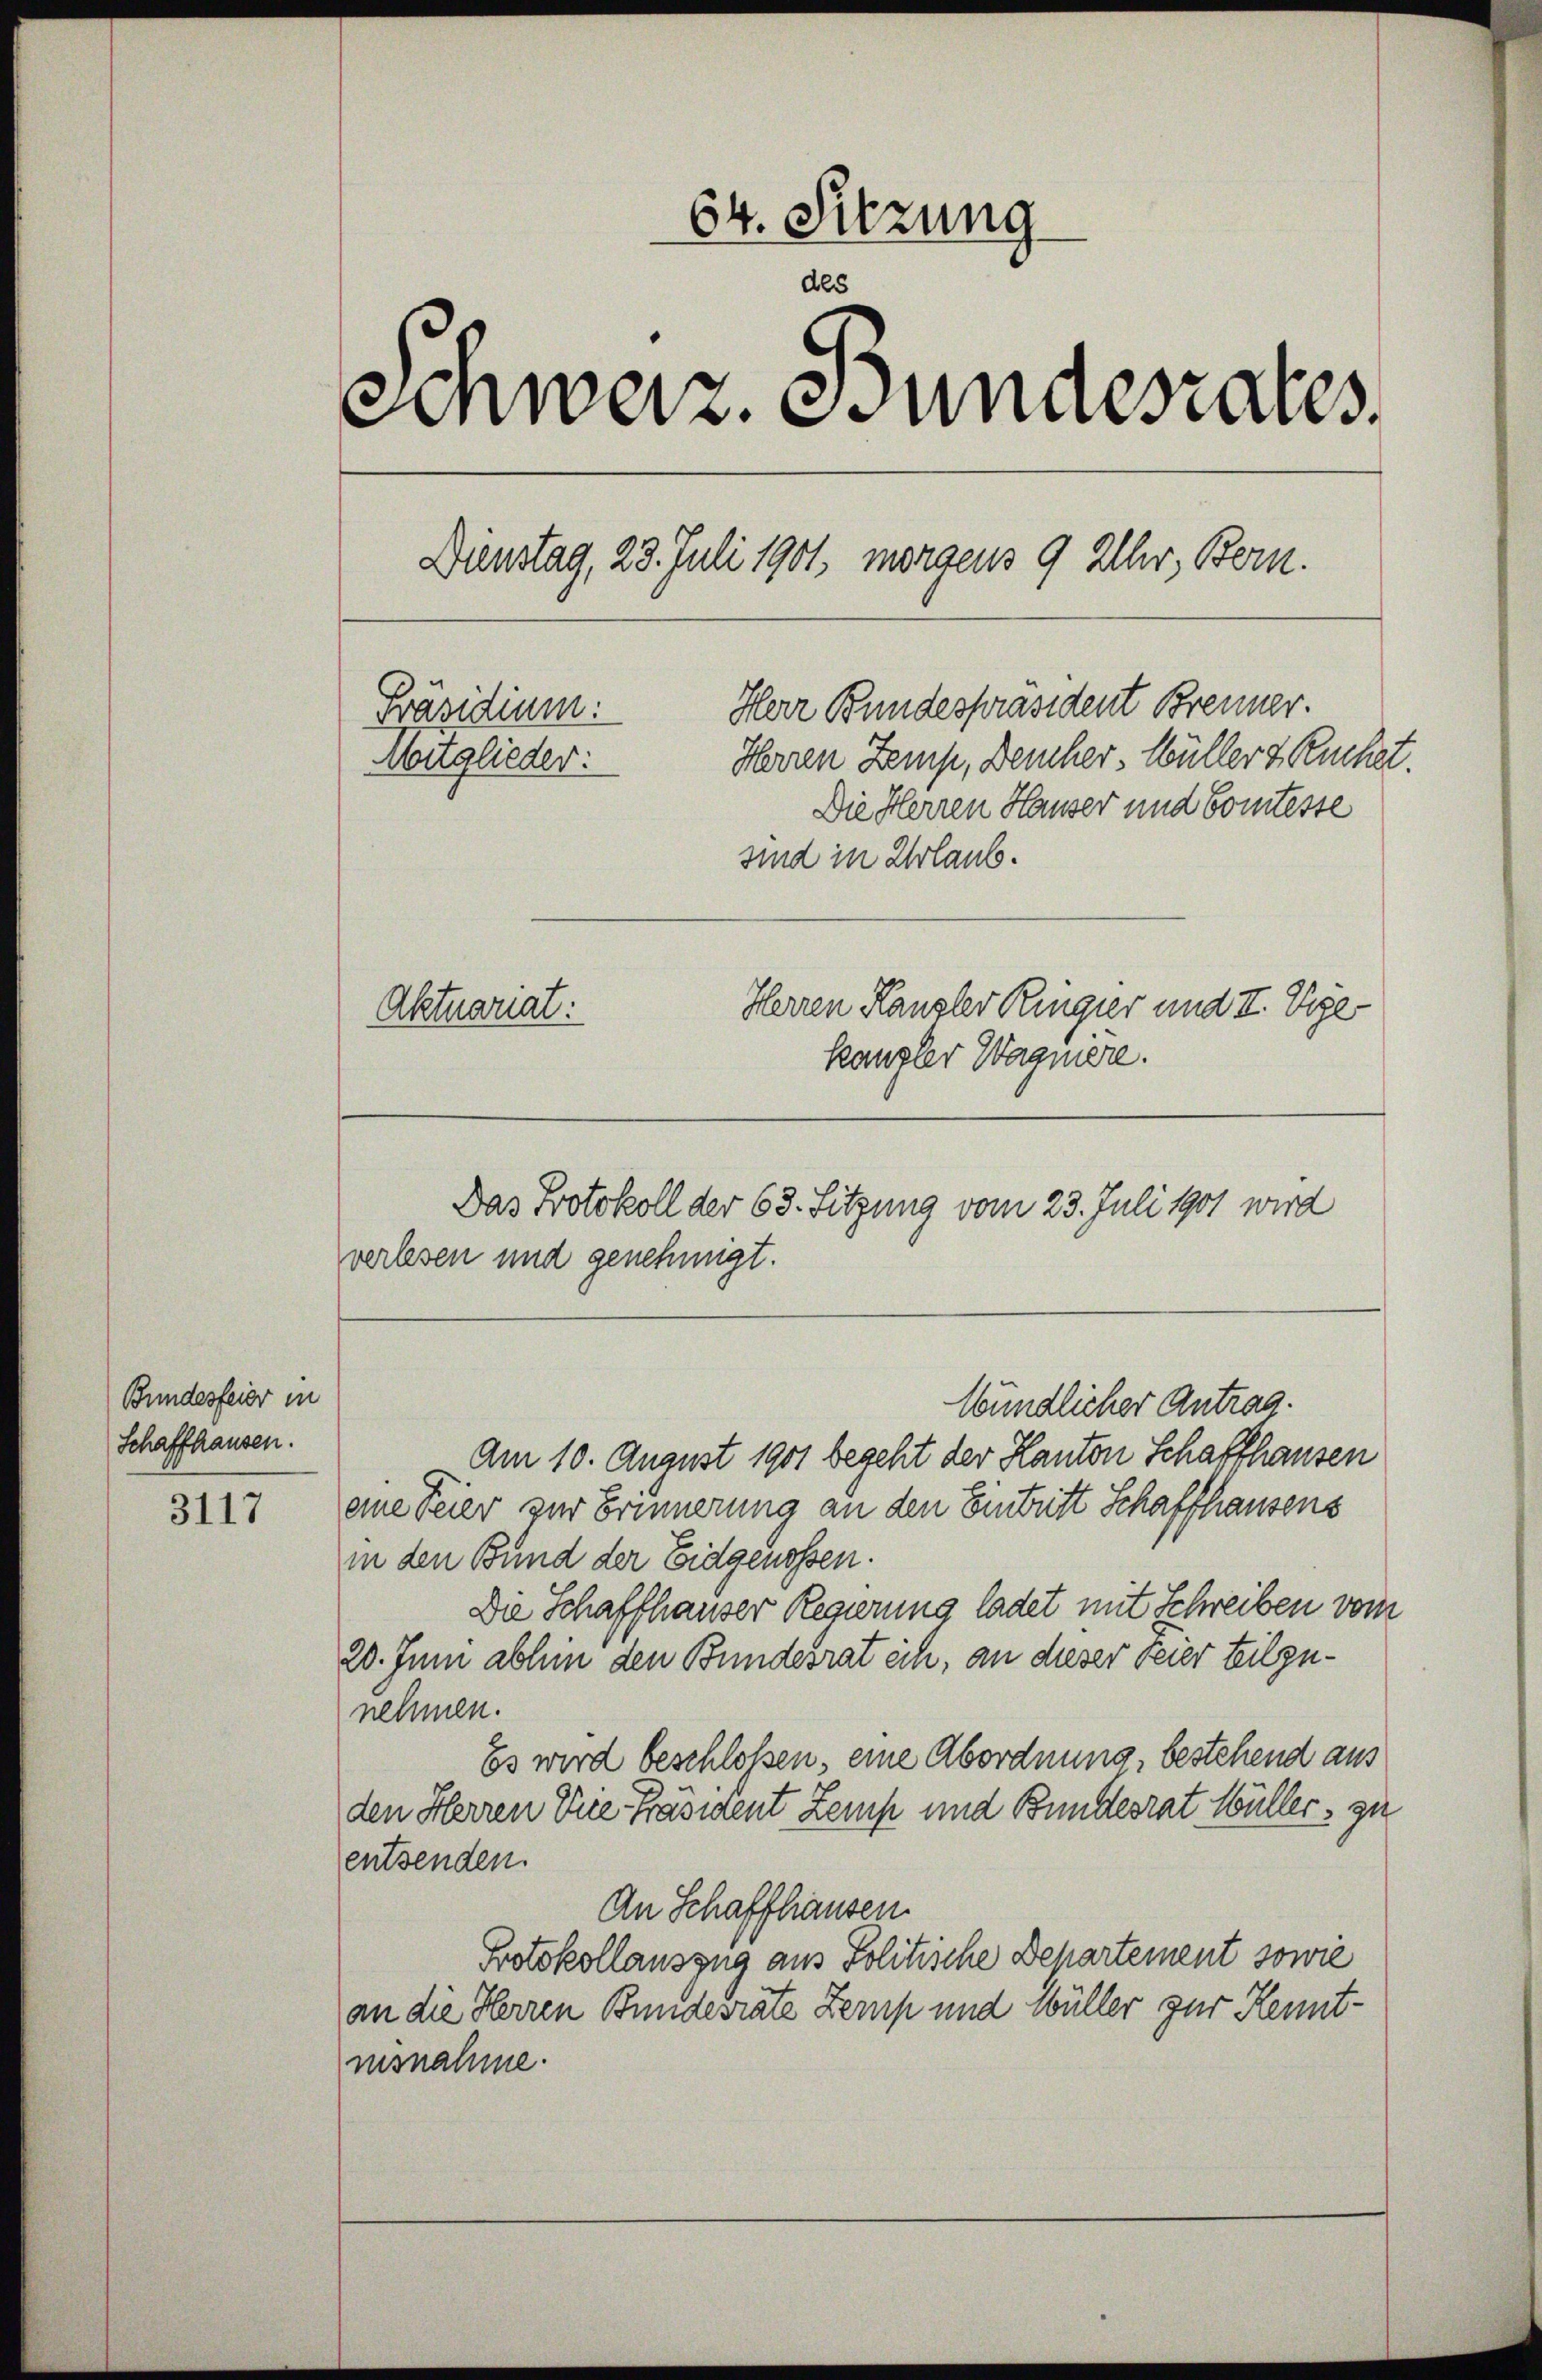
Bundesfeier in
Schaffhausen.

3117

64. Sitzung
des
Schweiz. Bundesrates,
Dienstag, 23. Juli 1901, morgens 9 Uhr, Bern.
Herr Bundespräsident Brenner.
Präsidium.
Noitglieder:
Herren Zemp, Deucher, Müller & Kuchet.
Die Herren Hauser und Comtesse
sind in Urlaub.
Herren Kanzler Ringier und II. Vige
Aktuariat:
kangler Wagniere.

Das Protokoll der 63. Sitzung vom 23. Juli 1901 wird

verlesen und genehmigt.

Wündlicher Antrag.
Am 10. August 1901 begeht der Kanton Schaffhausen
eine Feier zur Erinnerung an den Eintritt Schaffhausens
in den Bund der Eidgenossen.
Die Schaffhauser Regierung ladet mit Schreiben vom
20. Juni abhin den Bundesrat ich, an dieser Feier teilzunehmen.
Es wird beschlossen, eine Abordnung, bestehend aus
den Herren Vice-Präsident Zemp und Bundesrat Müller zu
entsenden.
An Schaffhausen
Protokollauszug aus Politische Departement sowie
an die Herren Bundesrate Zemp und Wüller zur Kenntinsnahme.